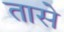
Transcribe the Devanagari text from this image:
तासे